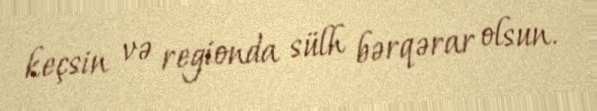
keçsin və regionda sülh bərqərar olsun.